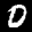
Label: 0